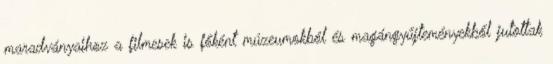
maradványaihoz a filmesek is főként múzeumokból és magángyűjteményekből jutottak